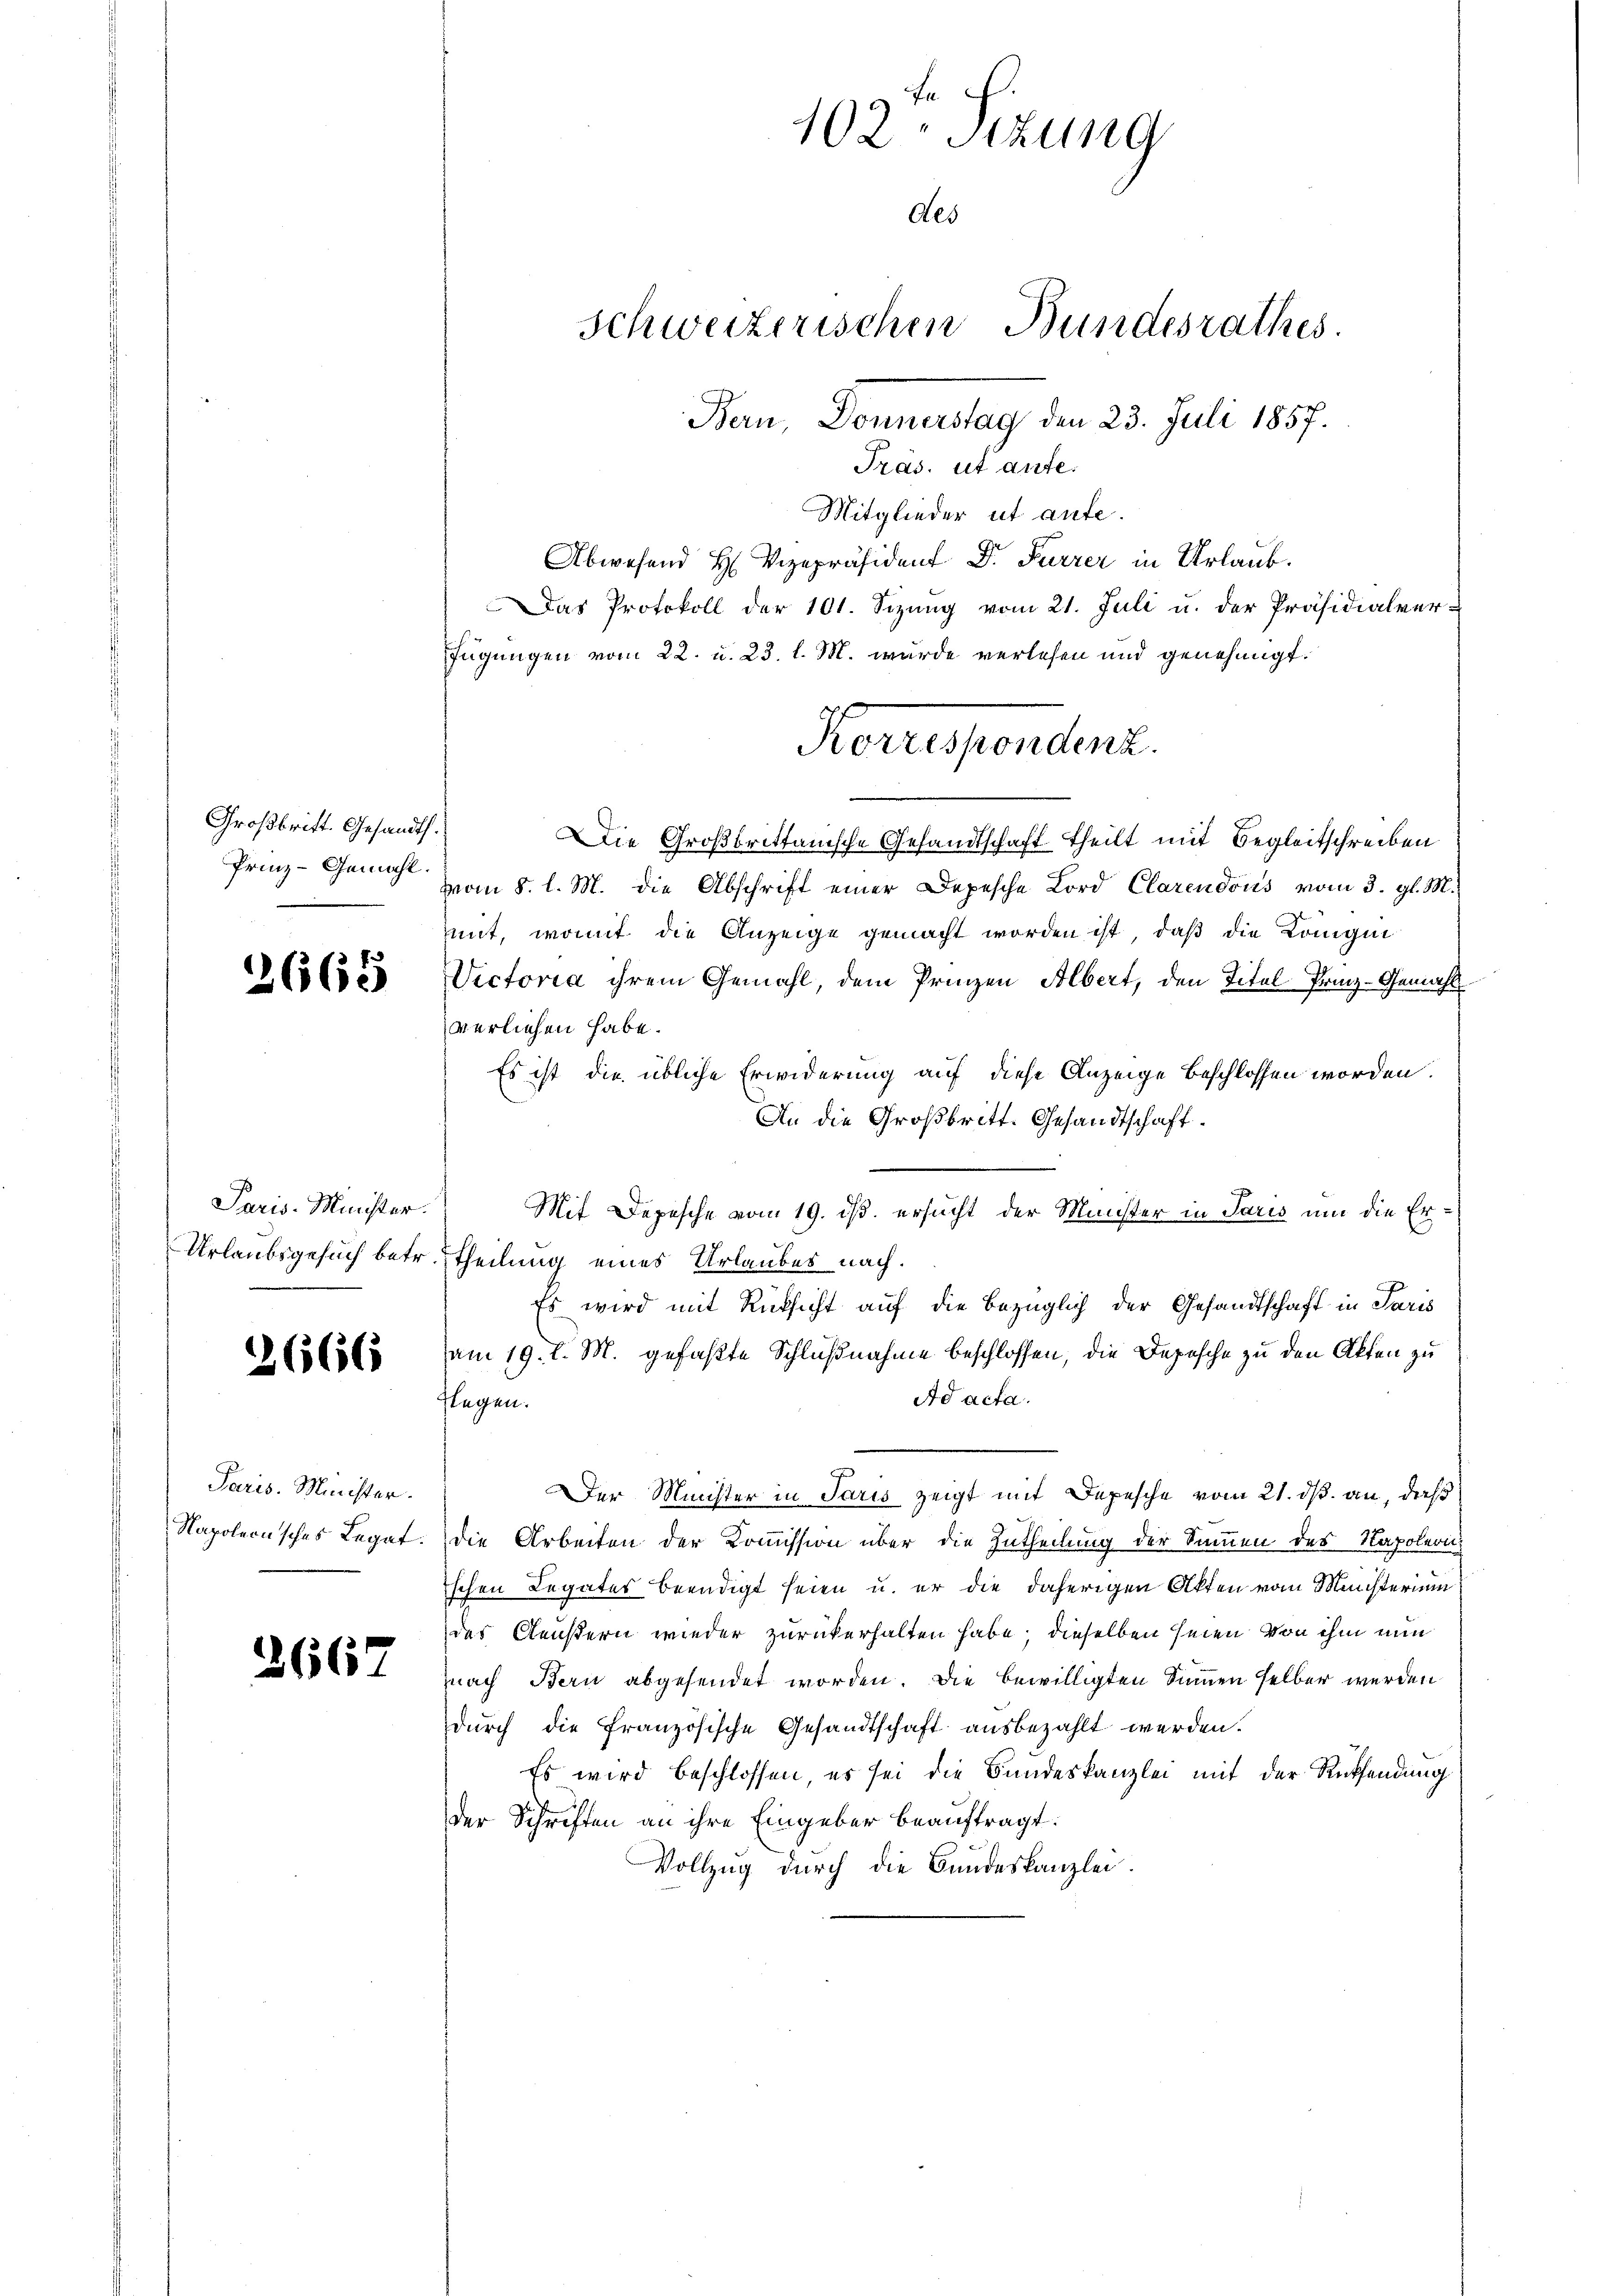
Großbritt. Gesandt.
Prinz-Gemahl.

2665

Paris-Minister.
Urlaubsgesuch betr.

2666

Paris. Minister.
Napoleon’sches Legat.

2667

102. Sitzung
Schweizerischen Bundesrathes.
Bern, Donnerstag den 23. Juli 1857.
Tras. ut aufe.

des

Mitglieder ut aufe.
Abwesend H. Vizepräsident Dr. Furrer in Urlaub.
Das Protokoll der 101. Sizung vom 21. Juli u. der Präsidialver-
fügungen vom 22. u. 23. l. M. wurde verlesen und genehmigt.
Die Großbrittanische Gesandtschaft theilt mit Begleitschreiben
vom 8. l. M. die Abschrift einer Depesche Lord Clarendous vom 3. gl. M.
mit, womit die Anzeige gemacht worden ist, daß die Konigin
Vectoria ihrem Gemahl, dem Prinzen Albert, den Titel Prinz-Gemahl
verliehen habe.
Es ist die übliche Erwiderung auf diese Anzeige beschlossen worden.
An die Großbritt. Gesandtschaft.
Mit Depesche vom 19. ds. ersucht der Münster in Paris um die Er¬
Theilung eines Urlaubes nach.
Es wird mit Rücksicht auf die bezüglich der Gesandtschaft in Paris
am 19. l. M. gefaßte Schlußnahme beschlossen, die Depesche zu den Akten zu
Ad acta.
flegen.
Der Minister in Paris zeigt mit Depesche vom 21. ds. an, dieß
die Arbeiten der Kommission über die Zutheilung der Sammen des Napolern
schen Legates beendigt seien u. er die daherigen Akten vom Ministerium
des Aeußern wieder zurückerhalten habe; dieselben seien von ihm nun
nach Bern abgesendet worden. Die bewilligten Summen selber werden
durch die französische Gesandtschaft ausbezahlt werden.
Es wird beschlossen, es sei die Bundeskanzlei mit der Rücksendung
der Schriften an ihre Eingeber beauftragt:
Vollzug durch die Bundeskanzlei

Korresponden.